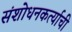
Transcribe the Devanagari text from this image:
संशोधनकर्त्याची